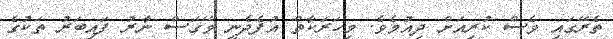
ތެރޭގައި ވެސް ކުރިއަށް ދިއުމެވެ. މިހަރަކާތް އުފެދެނީ ވޭގަސް ނާރު ފައިބަރު ތަކުގެ